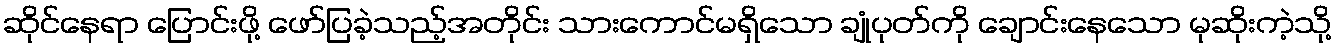
ဆိုင်နေရာ ပြောင်းဖို့ ဖော်ပြခဲ့သည့်အတိုင်း သားကောင်မရှိသော ချုံပုတ်ကို ချောင်းနေသော မုဆိုးကဲ့သို့